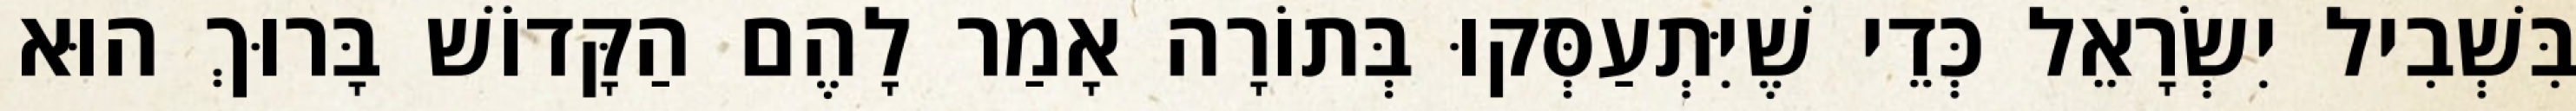
בִּשְׁבִיל יִשְׂרָאֵל כְּדֵי שֶׁיִּתְעַסְּקוּ בְּתוֹרָה אָמַר לָהֶם הַקָּדוֹשׁ בָּרוּךְ הוּא